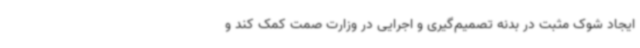
ایجاد شوک مثبت در بدنه تصمیم‌گیری و اجرایی در وزارت صمت کمک کند و